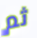
ثم